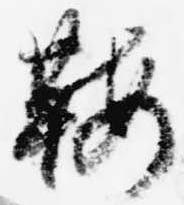
鞍